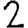
Digit: 2